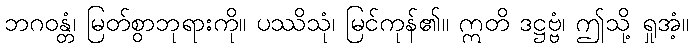
ဘဂဝန္တံ၊ မြတ်စွာဘုရားကို။ ပဿိသုံ၊ မြင်ကုန်၏။ ဣတိ ဒဋ္ဌဗ္ဗံ၊ ဤသို့ ရှုအံ့။